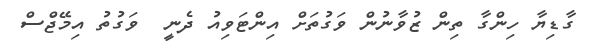
ގާޑިޔާ ހިންގާ ތިން ޒުވާނުން ވަގުތަށް އިންޓަވިއު ދެނީ  ވަގުތު އިމޭޖްސް